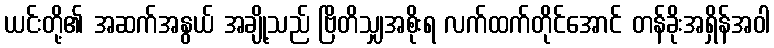
ယင်းတို့၏ အဆက်အနွယ် အချို့သည် ဗြိတိသျှအစိုးရ လက်ထက်တိုင်အောင် တန်ခိုးအရှိန်အဝါ